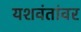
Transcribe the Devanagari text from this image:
यशवंतांवर